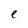
Character: e